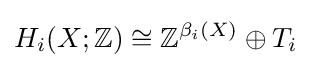
H_{i}(X;\mathbb {Z} )\cong \mathbb {Z} ^{\beta _{i}(X)}\oplus T_{i}